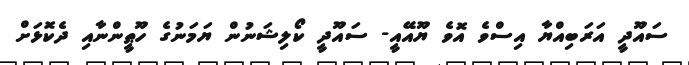
ސައޫދީ އަރަބިއްޔާ އިސްވެ އޮވެ ޔޫއޭއީ- ސައޫދީ ކޯލިޝަނުން ޔަމަނުގެ ހޫޠީންނާއި ދެކޮޅަށް